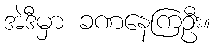
အဲဒီမှာ ခဏနေကြဦး။